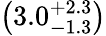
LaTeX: \left(3.0_{-1.3}^{+2.3}\right)